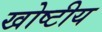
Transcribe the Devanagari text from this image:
खोष्टीय